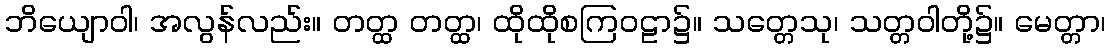
ဘိယျောဝါ၊ အလွန်လည်း။ တတ္ထ တတ္ထ၊ ထိုထိုစကြဝဠာ၌။ သတ္တေသု၊ သတ္တဝါတို့၌။ မေတ္တာ၊